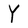
Character: Y